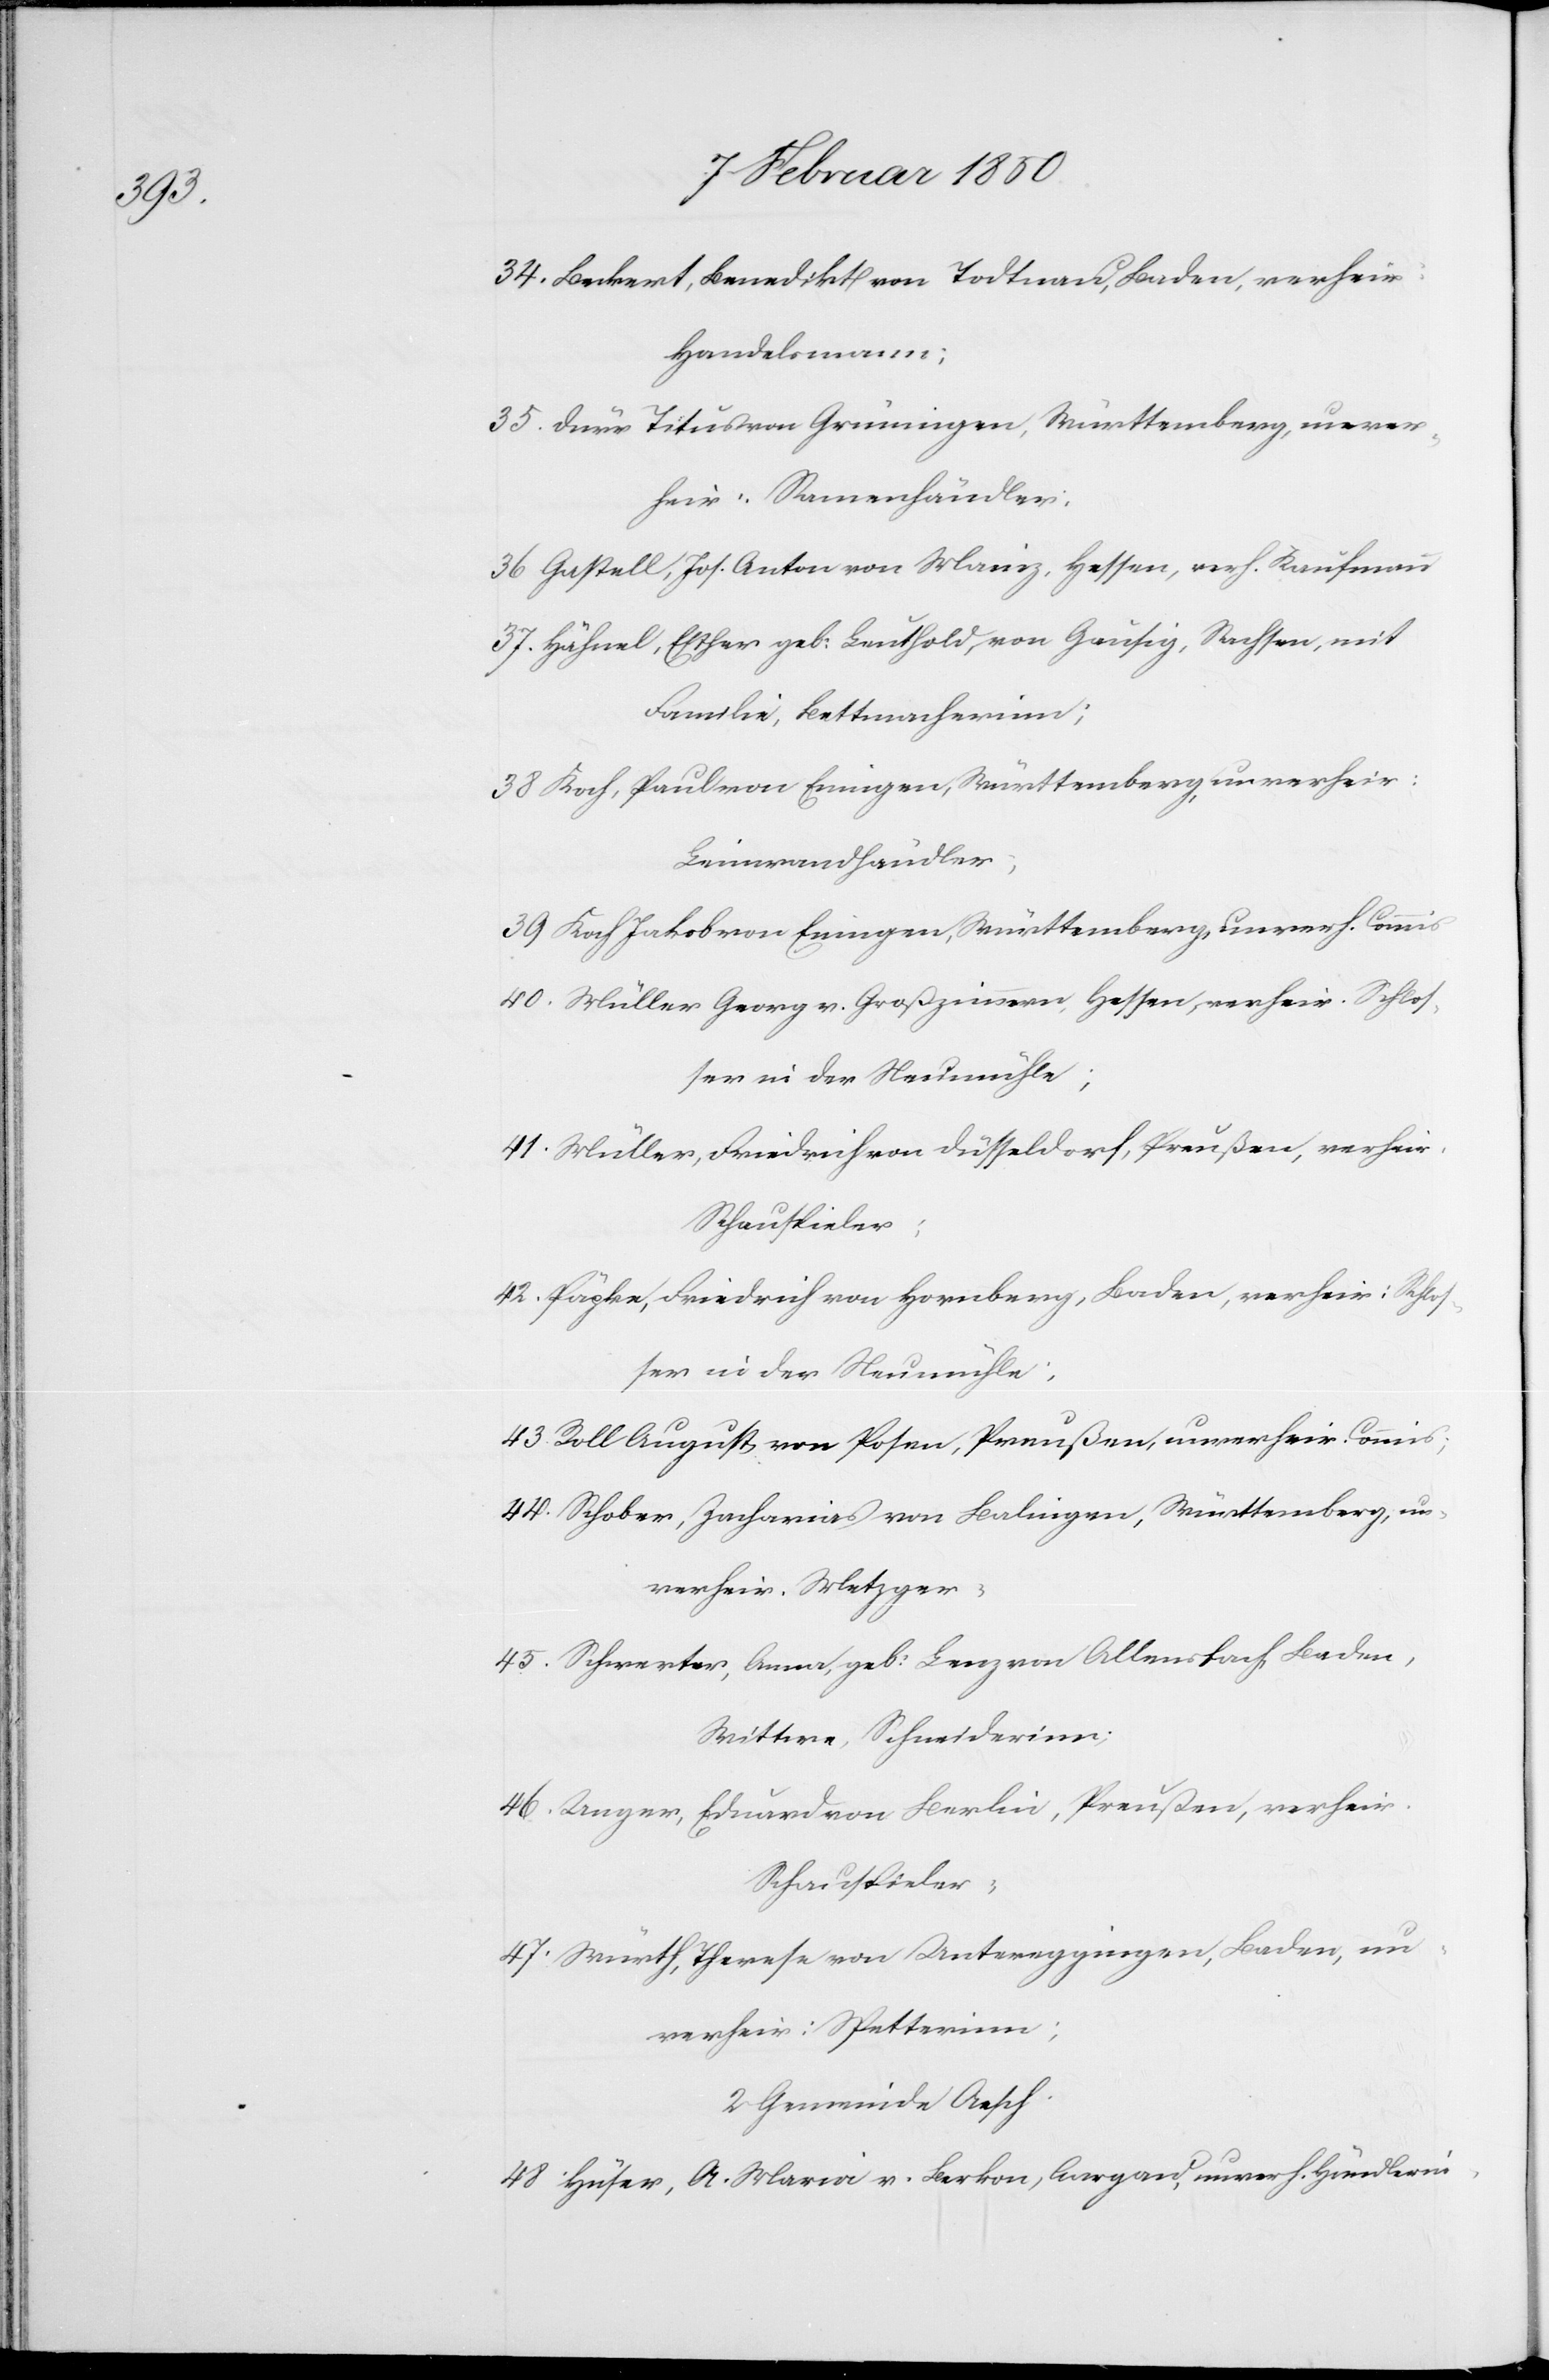
34. Beckert, Benedikt von Todtnau, Baden, verheir:
Handelsmann;
35. Dürr Titus von Grüningen, Württemberg, unver¬
heir: Samenhändler;
36 Gaspell, Jos. Anton von Mainz, Hessen, verh. Kaufmann
37. Hähnel, Esther geb: Landthold, von Gäusig, Sachsen, mit
Familie, Bettmacherinn;
38 Koch, Paul von Eningen, Württemberg, unverheir:
Leinwandhändler;
39 Koch Jakob von Eningen, Württemberg, unverh. Commis
40. Müller Georg v. Großzimmern, Hessen, verheir. Schlos¬
ser in der Neumühle;
41. Müller, Friedrich von Düsseldorf, Preußen, verheir.
Schauspieler;
42. Päpke, Friedrich von Hornberg, Baden, verheir: Schlos¬
ser in der Neumühle;
43. Roll August von Posen, Preußen, unverheir. Commis;
44. Schober, Zacharias von Balingen, Württemberg, un¬
verheir. Metzger;
45. Schwerter, Anna, geb: Lanz von Allensfach, Baden,
Wittwe, Schneiderinn;
46. Unger, Eduard von Berlin, Preußen, verheir.
Schauspieler;
47. Würth, Therese von Untereggingen, Baden, un¬
verheir: Spetterinn;
2. Gemeinde Aesch.
48. Hüser, A. Maria v. Berkon, Aargau, unverh. Händlerin,